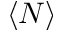
\langle N \rangle